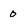
Character: o